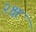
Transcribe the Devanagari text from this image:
२क्ष